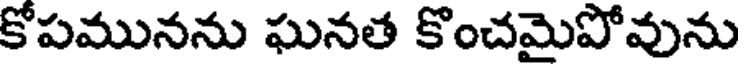
కోపమునను ఘనత కొంచమైపోవును